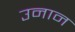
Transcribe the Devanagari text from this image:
उनान